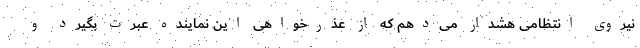
نیروی انتظامی هشدار می‌دهم که از عذرخواهی این نماینده عبرت بگیرد و